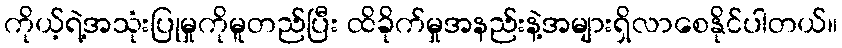
ကိုယ့်ရဲ့အသုံးပြုမှုကိုမူတည်ပြီး ထိခိုက်မှုအနည်းနဲ့အများရှိလာစေနိုင်ပါတယ်။